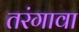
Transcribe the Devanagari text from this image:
तरंगावा